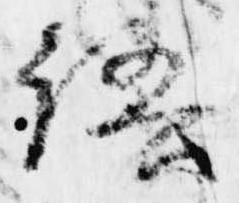
語